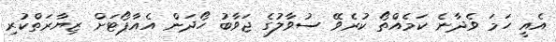
އެއީ ހަމަ ވެދާނެ ކަމެއްތޯ ކުރެވޭ ސުވާލުގެ ޖަވާބު ހޯދަން އެއާޕޯޓަށް ޒިޔާރަތްކުރި